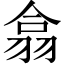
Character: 翕